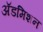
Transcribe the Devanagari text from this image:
अॅडमिशन